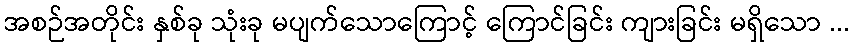
အစဉ်အတိုင်း နှစ်ခု သုံးခု မပျက်သောကြောင့် ကြောင်ခြင်း ကျားခြင်း မရှိသော ...